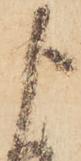
よ